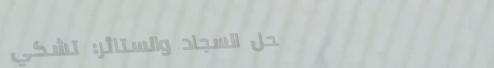
محل السجاد والستائر: تشكي